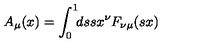
A _ { \mu } ( x ) = \int _ { 0 } ^ { 1 } \! \! d s s x ^ { \nu } F _ { \nu \mu } ( s x )